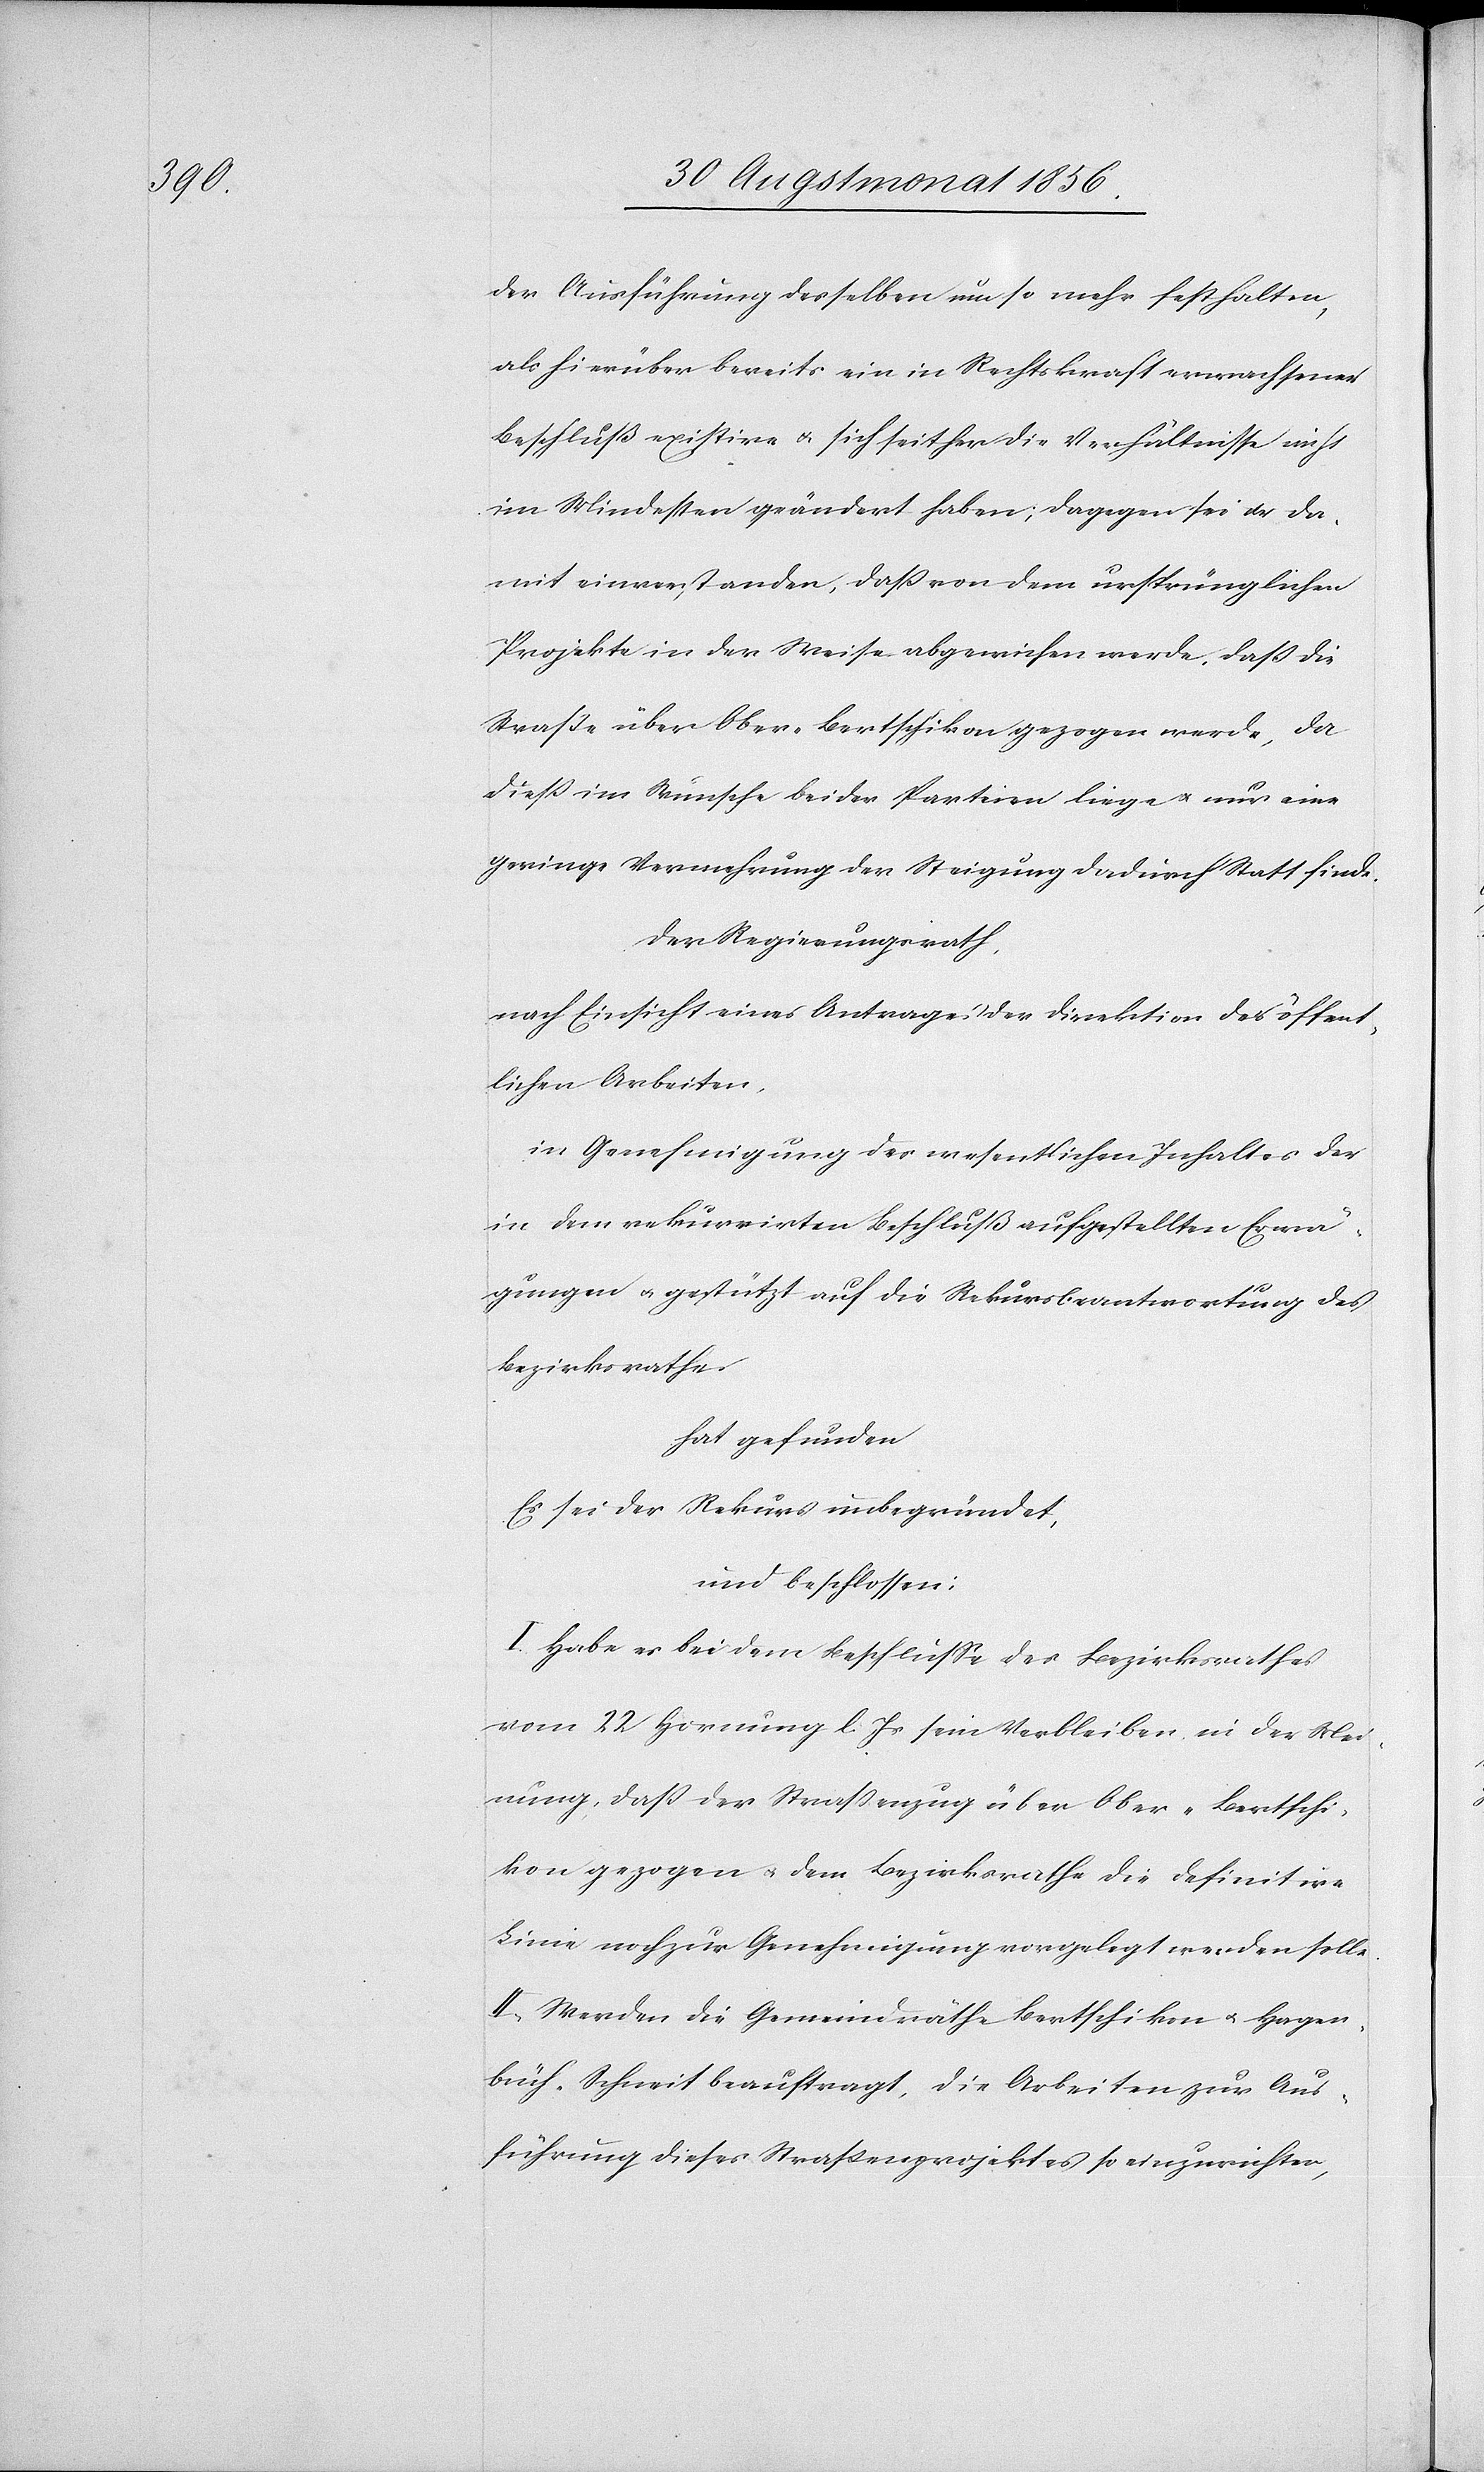
der Ausführung desselben um so mehr festhalten,
als hierüber bereits ein in Rechtskraft erwachsener
Beschluß existire u. sich seither die Verhältnisse nicht
im Mindesten geändert haben; dagegen sei er da¬
mit einverstanden, dass von dem ursprünglichen
Projekte in der Weise abgewiesen werde, dass die
Strasse über Ober-Bertschikon gezogen werde, da
diess im Wunsche beider Parteien liege u. nur eine
geringe Vermehrung der Steigung dadurch Statt finde.
Der Regierungsrath,
nach Einsicht eines Antrages der Direktion der öffent¬
lichen Arbeiten,
in Genehmigung des wesentlichen Inhaltes der
in dem rekurrirten Beschluß aufgestellten Erwä¬
gungen u. gestützt auf die Rekursbeantwortung des
Bezirksrathes
hat gefunden
Es sei der Rekurs unbegründet,
und beschlossen:
I. Habe es bei dem Beschlusse des Bezirksrathes
vom 22 Hornung l. Js sein Verbleiben in der Mei¬
nung, dass der Strassenzug über Ober-Bertschi¬
kon gezogen u. dem Bezirksrathe die definitive
Linie noch zur Genehmigung vorgelegt werden solle.
II. Werden die Gemeindräthe Bertschikon u. Hagen¬
buch-Schneit beauftragt, die Arbeiten zur Aus¬
führung dieses Strassenprojektes so einzurichten,